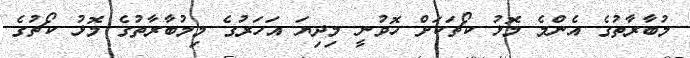
މުބާރާތުގެ އެންމެ މޮޅު ކޯޗަކަށް ހޮވުނީ މިދިޔަ އަހަރުގެ މިމުބާރާތުގެ މޮޅު ކޯޗުގެ